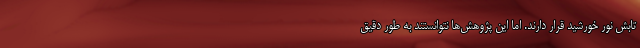
تابش نور خورشید قرار دارند. اما این پژوهش‌ها نتوانستند به طور دقیق